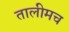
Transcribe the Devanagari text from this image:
तालीमच